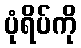
ပုံရိပ်ကို